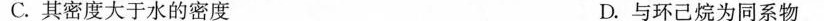
C.其密度大于水的密度 D.与环己烷为同系物